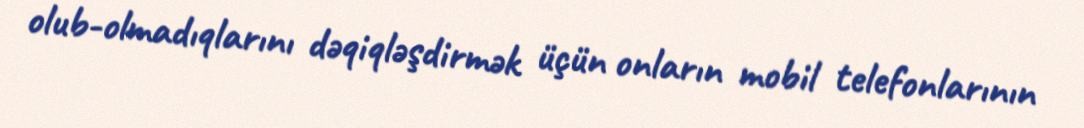
olub-olmadıqlarını dəqiqləşdirmək üçün onların mobil telefonlarının